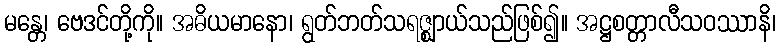
မန္တေ၊ ဗေဒင်တို့ကို။ အဓိယမာနော၊ ရွတ်ဘတ်သရဇ္ဈာယ်သည်ဖြစ်၍။ အဋ္ဌစတ္တာလီသဝဿာနိ၊